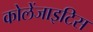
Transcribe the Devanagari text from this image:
कोलेंजाइटिस